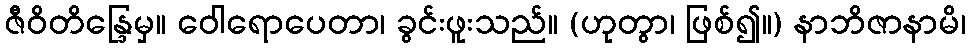
ဇီဝိတိန္ဒြေမှ။ ဝေါရောပေတာ၊ ခွင်းဖူးသည်။ (ဟုတွာ၊ ဖြစ်၍။) နာဘိဇာနာမိ၊